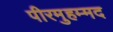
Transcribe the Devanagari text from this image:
पीरमुहम्मद